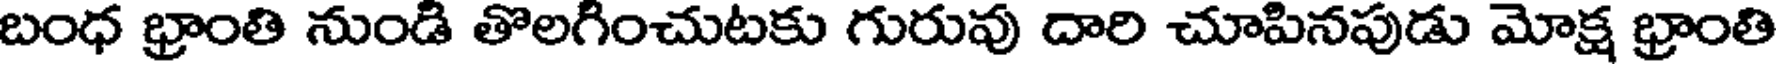
బంధ భ్రాంతి నుండి తొలగించుటకు గురువు దారి చూపినపుడు మోక్ష భ్రాంతి